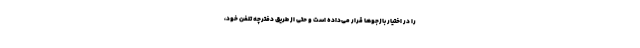
را در اختیار بازجوها قرار می‌داده است و حتی از طریق دفترچه تلفن خود،